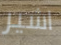
اشير